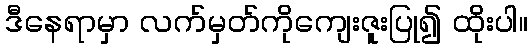
ဒီနေရာမှာ လက်မှတ်ကိုကျေးဇူးပြု၍ ထိုးပါ။